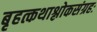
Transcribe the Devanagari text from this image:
बृहत्कथाश्लोकसंग्रहः